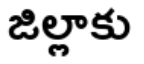
జిల్లాకు